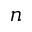
n